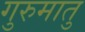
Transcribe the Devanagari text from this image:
गुरुमातु